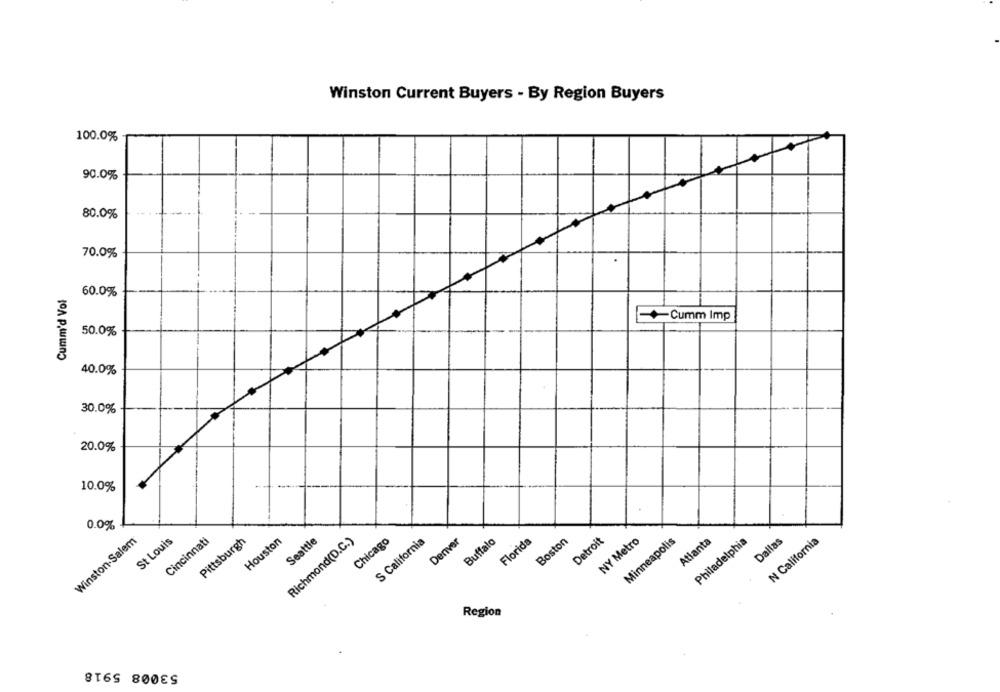
Winston Current Buyers - By Region Buyers
100.0%
90.0%
80.0%
70.0%
Cumm'd Vol
60.0%
Cumm Imp
50.0%
40.0%
30.0%
20.0%
10.0%
0.0%
Winston-Salem
St Louis
Cincinnati
Pittsburgh
Houston
Richmond(D.C.)
Seattle
Chicago
S California
Denver
Buffalo
Florida
Boston
Detroit
NY Metro
Minneapolis
Atlanta
Philadelphia
Dallas
N California
Region
53008 5918